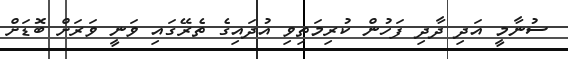
ސުނާމީ އަދި ދާދި ފަހުން ކުރިމަތިވި އުދައިގެ ތެރޭގައި ވަނީ ވަރަށް ބޮޑަށް